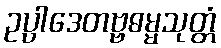
ဥပ္ပါဒေတဗ္ဗဓမ္မသုတ္တံ